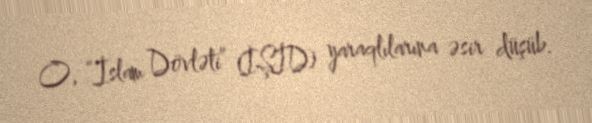
O, “İslam Dövləti” (İŞİD) yaraqlılarına əsir düşüb.